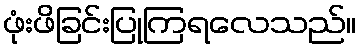
ဖုံးဖိခြင်းပြုကြရလေသည်။